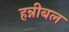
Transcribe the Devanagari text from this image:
हन्नीबल